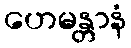
ဟေမန္တာနံ